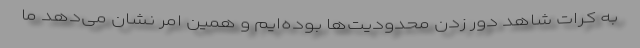
به کرات شاهد دور زدن محدودیت‌ها بوده‌ایم و همین امر نشان می‌دهد ما